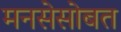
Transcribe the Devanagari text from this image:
मनसेसोबत